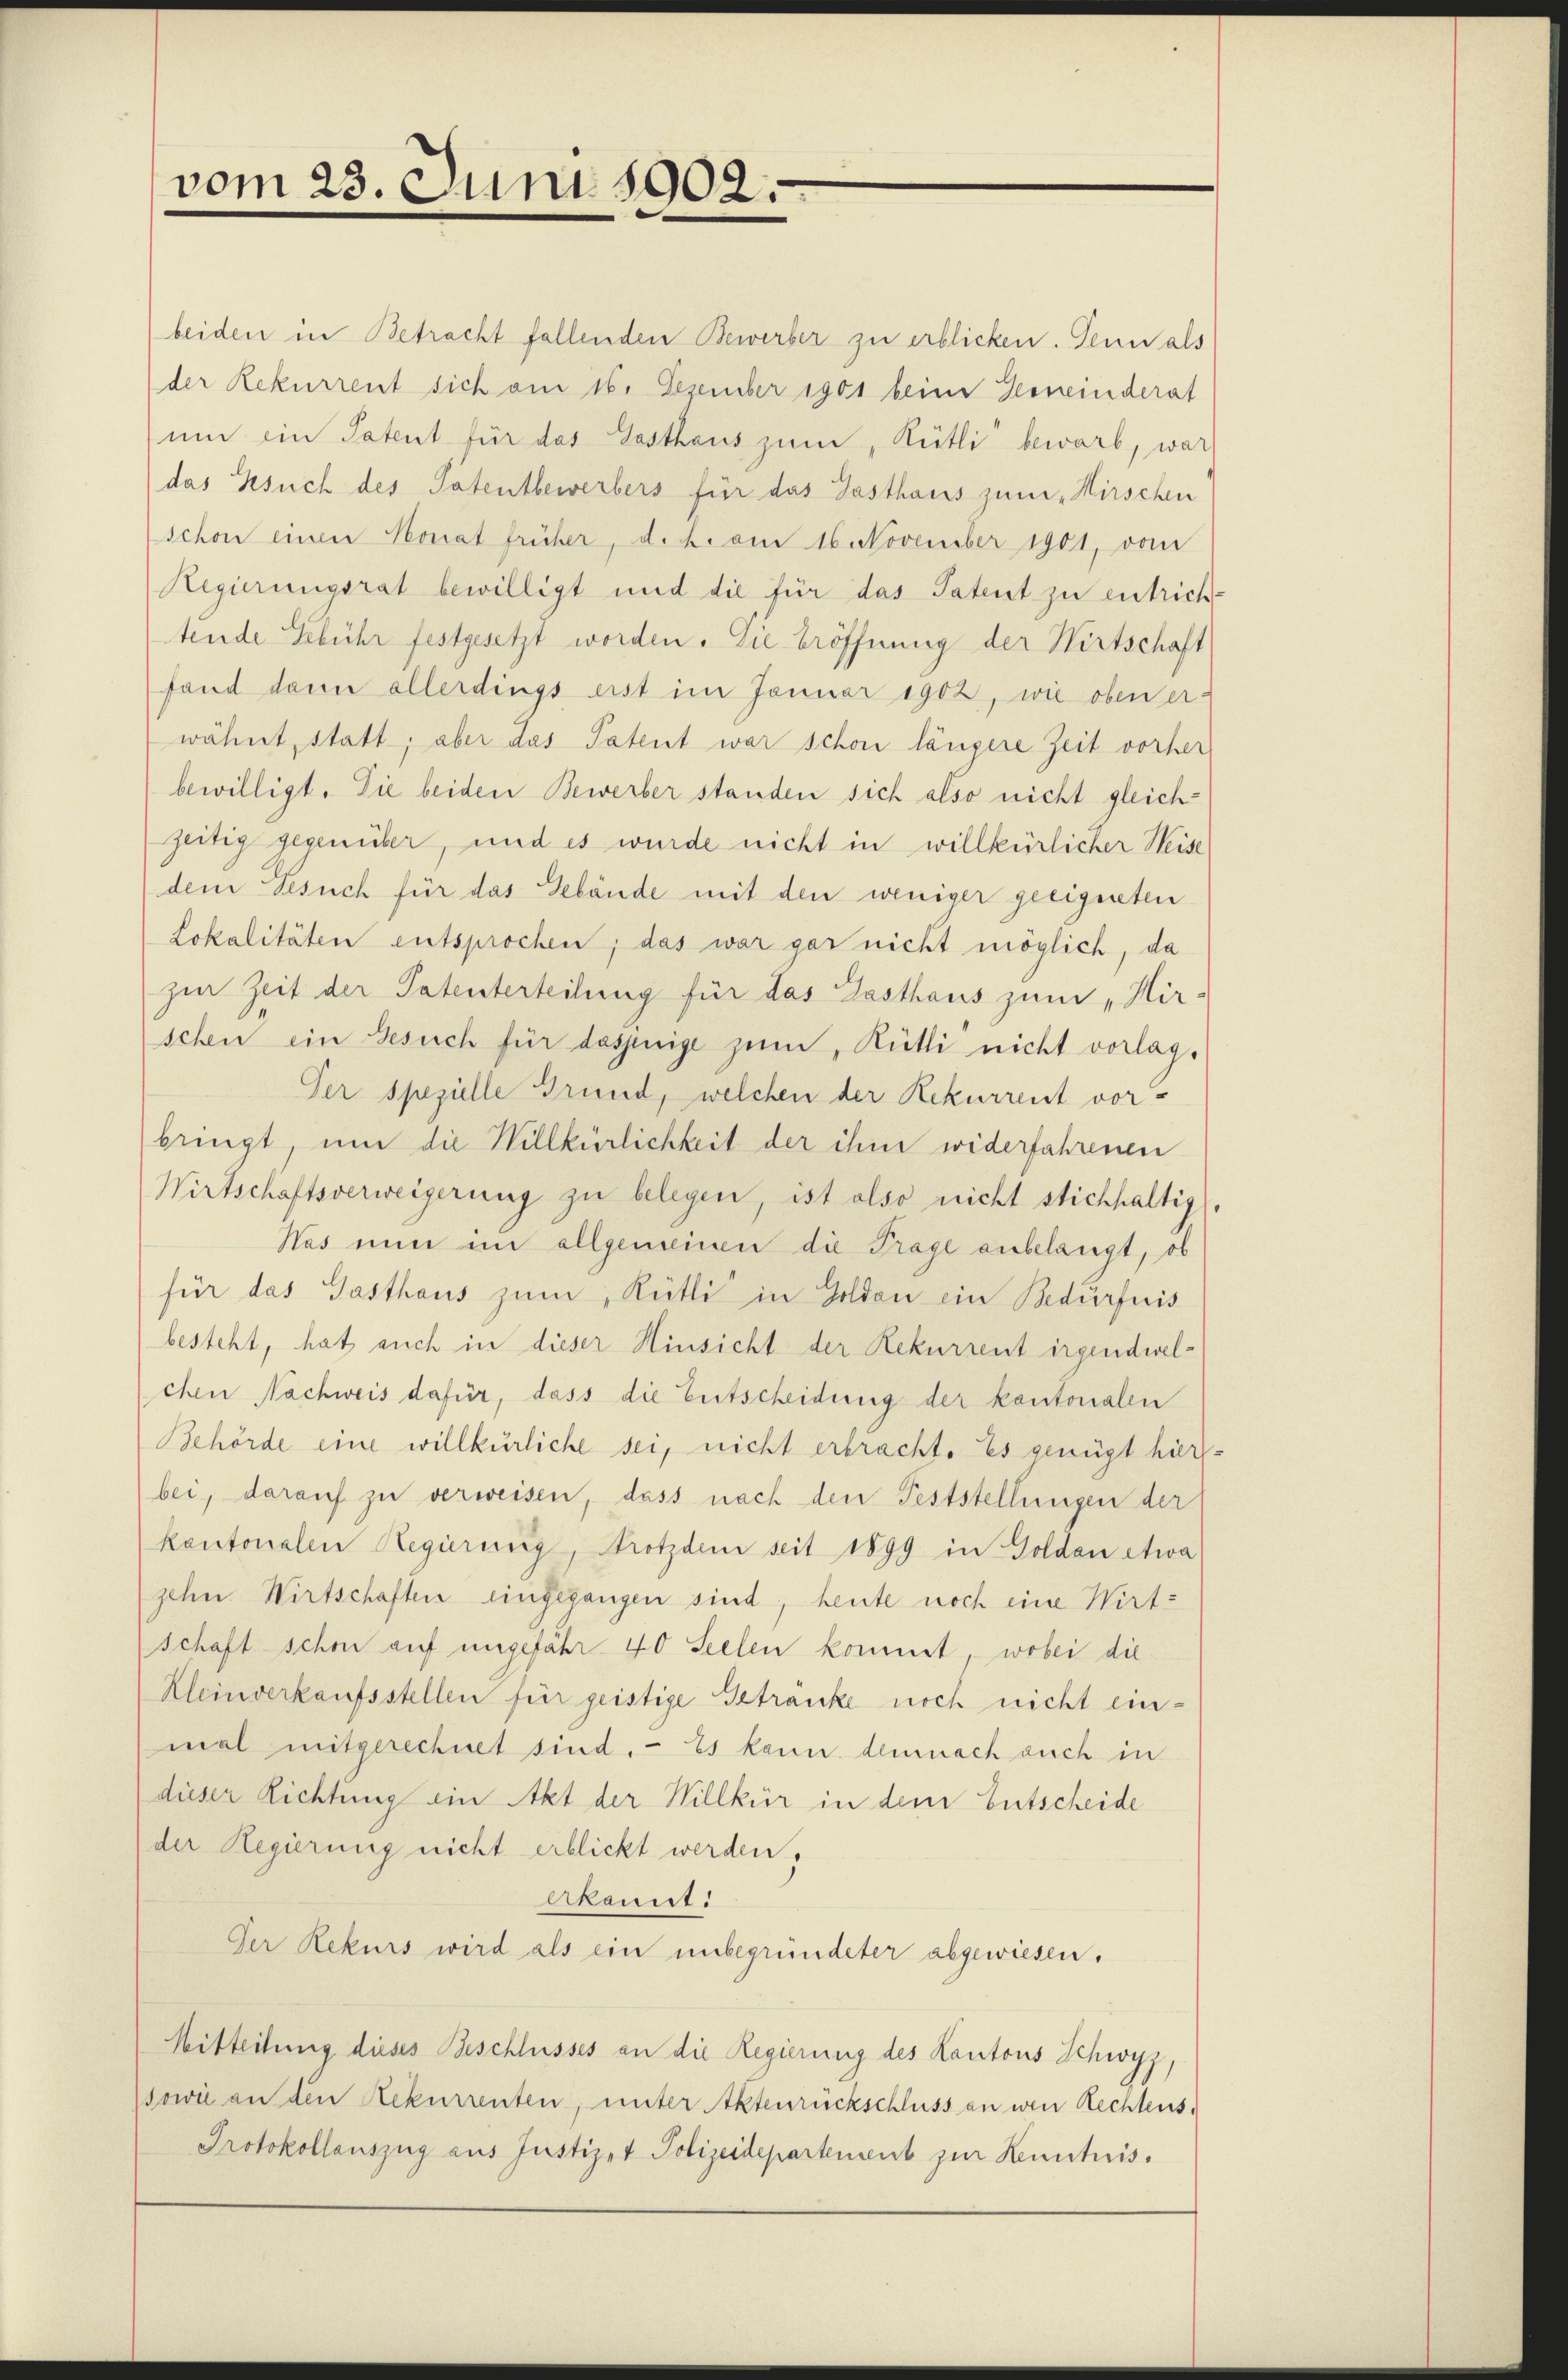
vom 23. Juni 1902.

beiden in Betracht fallenden Bewerber zu erblicken. Denn als
der Rekurrent sich am 16. Dezember 1901 beim Gemeinderat
um ein Patent für das Gasthaus zum Rütli bewarb, war
das Gesuch des Patentbewerbers für das Gasthaus zum „Hirschen
schon einen Monat früher, d. 2. am 16. November 1901, von
Regierungsrat bewilligt und die für das Patent zu entrich-
tende Gebühr festgesetzt worden. Die Eröffnung der Wirtschaft
fand dann allerdings erst im Januar 1902, wie oben er-
wähnt, statt, aber das Patent war schon längere Zeit vorher
bewilligt. Die beiden Bewerber standen sich also nicht gleichzeitig gegenüber, und es wurde nicht in willkürlicher Weise
dem Besuch für das Gebäude mit den weniger geeigneten
Lokalitäten entsprochen; das war gar nicht möglich, da
zur Zeit der Patenterteilung für das Gasthaus zum „Hir-
schen ein Gesuch für dasjenige zŭm, Rütli nicht vorlag.
Der spezielle Grund, welchen der Rekurrent vorbringt um die Willkürlichkeit der ihm widerfahrenen
Wirtschaftsverweigerung zu belegen, ist also nicht stichhaltig
Nas nun im allgemeinen die Prage anbelangt, ob
für das Gasthaus zum Rütli in Golden ein Bedürfnis
besteht, hat auch in dieser Hinsicht der Rekurrent irgendwel-
chen Nachweis dafür, dass die Entscheidung der kantonalen
Behörde eine willkürliche sei, nicht erbracht. Es genügt hierbei, darauf zu verweisen, dass nach den Feststellungen der
kantonalen Regierung, Trotzdem seit 1899 in Goldau etwa
zehn Wirtschaften eingegangen sind, heute noch eine Wirt-
schaft schon auf ungefähr 40 Seelen kommt, wobei die
Kleinverkaufsstellen für geistige Getränke noch nicht einmal mitgerechnet sind. - Es kann demnach auch in
dieser Richtung ein Akt der Willkür in dem Entscheide
der Regierung nicht erblickt werden,
Akannt:
Der Rekurs wird als ein unbegründeter abgewiesen.
Mitteilung dieses Beschlusses an die Regierung des Kantons Schwyz,
sowie an den Rekurrenten, unter Aktenrückschluss an wen Rechtens,
Protokollauszug aus Justizet Polizeidepartement zur Kenntnis.